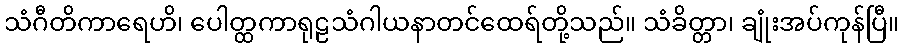
သံဂီတိကာရေဟိ၊ ပေါတ္ထကာရုဠသံဂါယနာတင်ထေရ်တို့သည်။ သံခိတ္တာ၊ ချုံးအပ်ကုန်ပြီ။